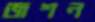
জশন